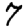
Digit: 7